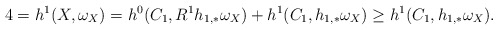
\begin{align*}4=h^1(X,\omega_X)=h^0(C_1,R^1h_{1,*}\omega_X)+h^1(C_1, h_{1,*}\omega_X)\ge h^1(C_1,h_{1,*}\omega_X).\end{align*}